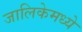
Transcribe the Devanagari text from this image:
जालिकेमध्ये